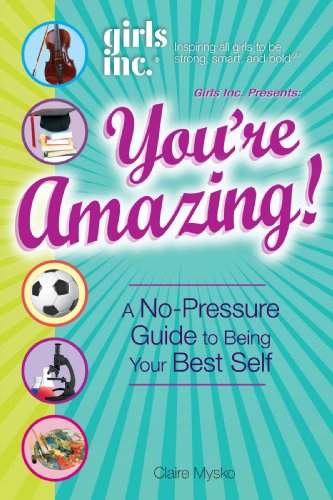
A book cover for Girls Inc. Presents: You're Amazing!: A No-Pressure Guide to Being Your Best Self; Claire Mysko; Teen & Young Adult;